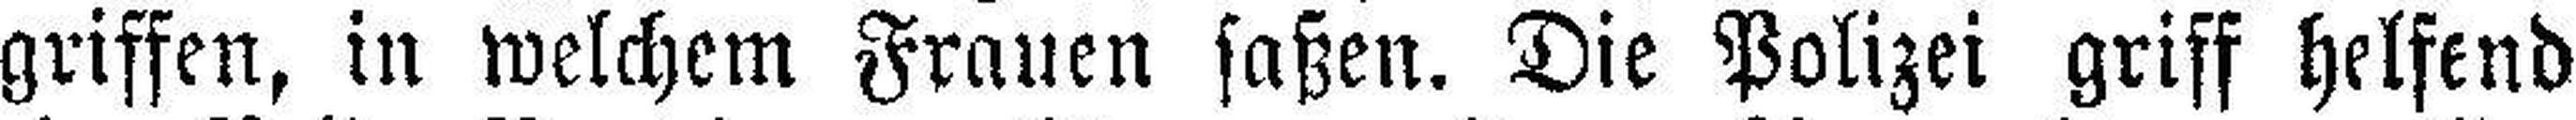
griffen, in welchem Frauen saßen. Die Polizei griff helfend